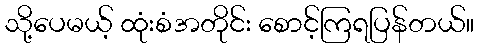
သို့ပေမယ့် ထုံးစံအတိုင်း စောင့်ကြရပြန်တယ်။